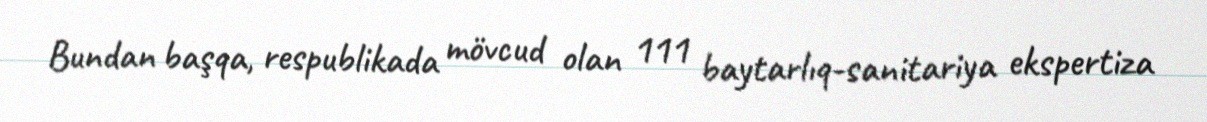
Bundan başqa, respublikada mövcud olan 111 baytarlıq-sanitariya ekspertiza